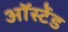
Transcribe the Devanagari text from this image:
ऑर्स्टेड